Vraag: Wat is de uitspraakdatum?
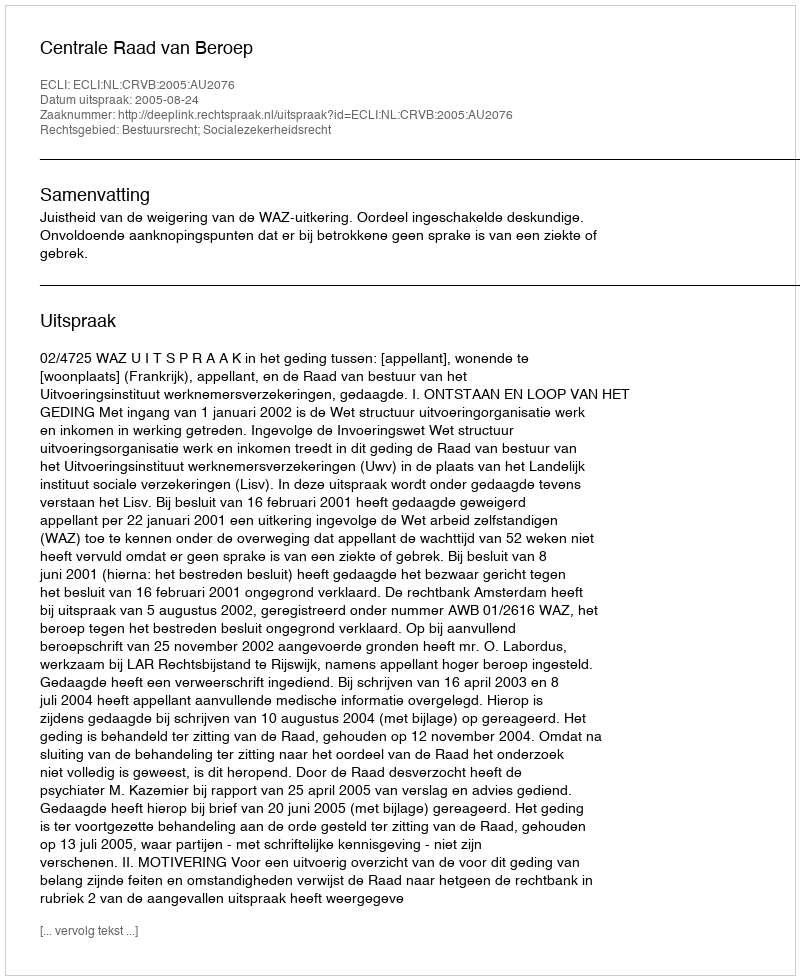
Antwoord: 2005-08-24